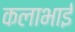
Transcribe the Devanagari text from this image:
कलाभाई